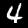
Label: 4